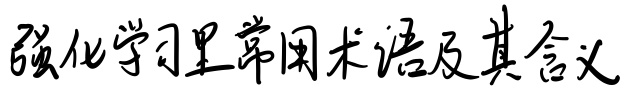
强化学习里常用术语及其含义